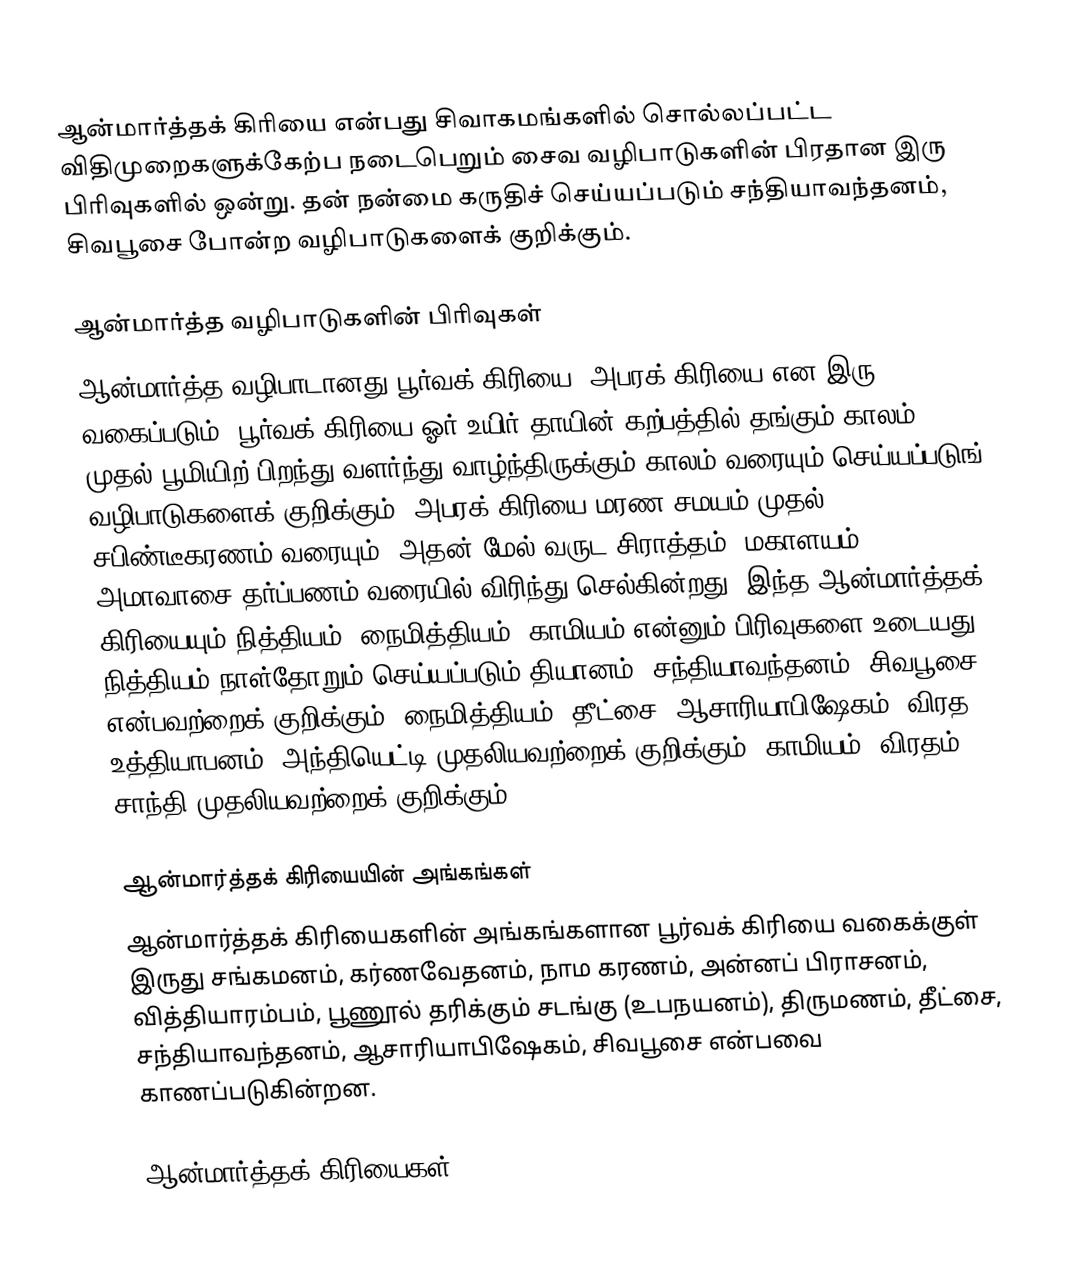
ஆன்மார்த்தக் கிரியை என்பது சிவாகமங்களில் சொல்லப்பட்ட விதிமுறைகளுக்கேற்ப நடைபெறும் சைவ வழிபாடுகளின் பிரதான இரு பிரிவுகளில் ஒன்று. தன் நன்மை கருதிச் செய்யப்படும் சந்தியாவந்தனம், சிவபூசை போன்ற வழிபாடுகளைக் குறிக்கும்.

ஆன்மார்த்த வழிபாடுகளின் பிரிவுகள்
ஆன்மார்த்த வழிபாடானது பூர்வக் கிரியை, அபரக் கிரியை என இரு வகைப்படும். பூர்வக் கிரியை ஓர் உயிர் தாயின் கற்பத்தில் தங்கும் காலம் முதல் பூமியிற் பிறந்து வளர்ந்து வாழ்ந்திருக்கும் காலம் வரையும் செய்யப்படுங் வழிபாடுகளைக் குறிக்கும். அபரக் கிரியை மரண சமயம் முதல் சபிண்டீகரணம் வரையும், அதன் மேல் வருட சிராத்தம், மகாளயம், அமாவாசை தர்ப்பணம் வரையில் விரிந்து செல்கின்றது. இந்த ஆன்மார்த்தக் கிரியையும் நித்தியம், நைமித்தியம், காமியம் என்னும் பிரிவுகளை உடையது. நித்தியம் நாள்தோறும் செய்யப்படும் தியானம், சந்தியாவந்தனம், சிவபூசை என்பவற்றைக் குறிக்கும். நைமித்தியம்: தீட்சை, ஆசாரியாபிஷேகம், விரத உத்தியாபனம், அந்தியெட்டி முதலியவற்றைக் குறிக்கும். காமியம்: விரதம், சாந்தி முதலியவற்றைக் குறிக்கும்.

ஆன்மார்த்தக் கிரியையின் அங்கங்கள்
ஆன்மார்த்தக் கிரியைகளின் அங்கங்களான பூர்வக் கிரியை வகைக்குள் இருது சங்கமனம், கர்ணவேதனம், நாம கரணம், அன்னப் பிராசனம், வித்தியாரம்பம், பூணூல் தரிக்கும் சடங்கு (உபநயனம்), திருமணம், தீட்சை, சந்தியாவந்தனம், ஆசாரியாபிஷேகம், சிவபூசை என்பவை காணப்படுகின்றன.

ஆன்மார்த்தக் கிரியைகள்